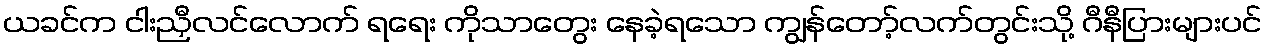
ယခင်က ငါးညှီလင်လောက် ရရေး ကိုသာတွေး နေခဲ့ရသော ကျွန်တော့်လက်တွင်းသို့ ဂီနီပြားများပင်